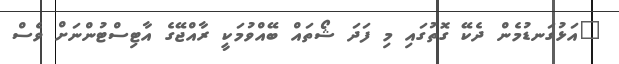
"އަޅުގަނޑުމެން ދެކޭ ގޮތުގައި މި ފަދަ ޝޯތައް ބޭއްވުމަކީ ރާއްޖޭގެ އާޓިސްޓުންނަށް ވެސް